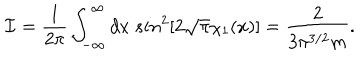
LaTeX: { \cal I } = \frac { 1 } { 2 \pi } \int _ { - \infty } ^ { \infty } d x \ s i n ^ { 2 } [ 2 \sqrt { \pi } \chi _ { 1 } ( x ) ] = \frac { 2 } { 3 \pi ^ { 3 / 2 } m } .